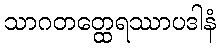
သာဂတတ္ထေရဿာပဒါနံ